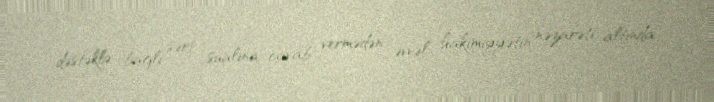
dəstəklə bağlı sərt sualına cavab vermədən əvvəl hakimiyyətin nəzarəti altında